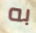
به